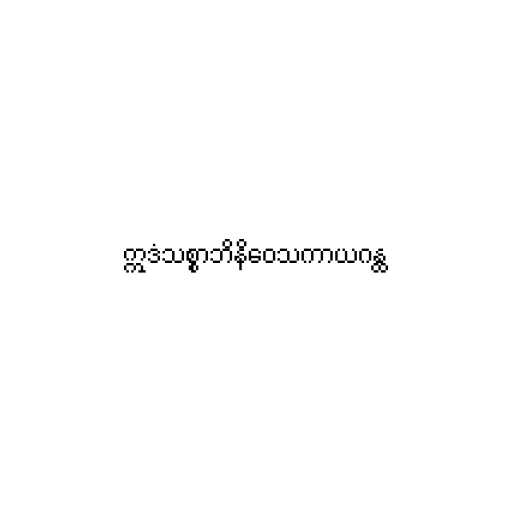
ဣဒံသစ္စာဘိနိဝေသကာယဂန္ထ